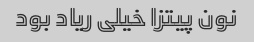
نون پیتزا خیلی ریاد بود